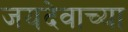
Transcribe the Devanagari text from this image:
जयदेवाच्या